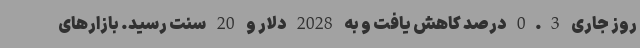
روز جاری 0.3 درصد کاهش یافت و به 2028 دلار و 20 سنت رسید. بازارهای